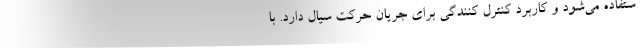
ستفاده می‌شود و کاربرد کنترل کنندگی برای جریان حرکت سیال دارد. با